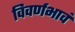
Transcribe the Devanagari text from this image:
विवर्णभावं